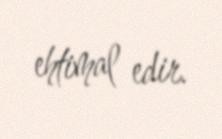
ehtimal edir.